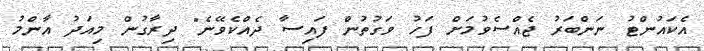
އެކައުންޓު ނަންބަރު ޖެއްސެވުމަށް ފަހު ވަގުތުން ފައިސާ ދެއްކެވޭނެ" ދިރާގުން މިއަދު އާންމު